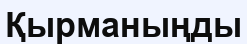
Қырманыңды